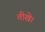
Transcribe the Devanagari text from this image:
तीखे।